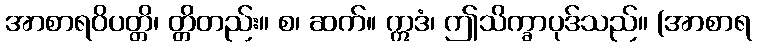
အာစာရဝိပတ္တိ၊ တ္တိတည်း။ စ၊ ဆက်။ ဣဒံ၊ ဤသိက္ခာပုဒ်သည်။ (အာစာရ